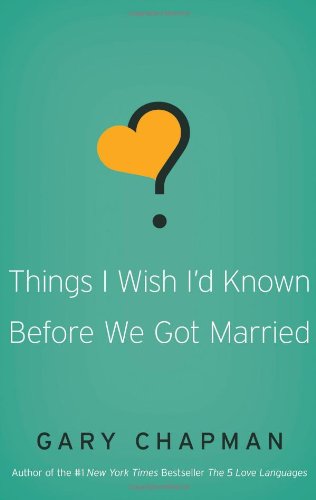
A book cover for Things I Wish I'd Known Before We Got Married; Gary D Chapman; Parenting & Relationships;